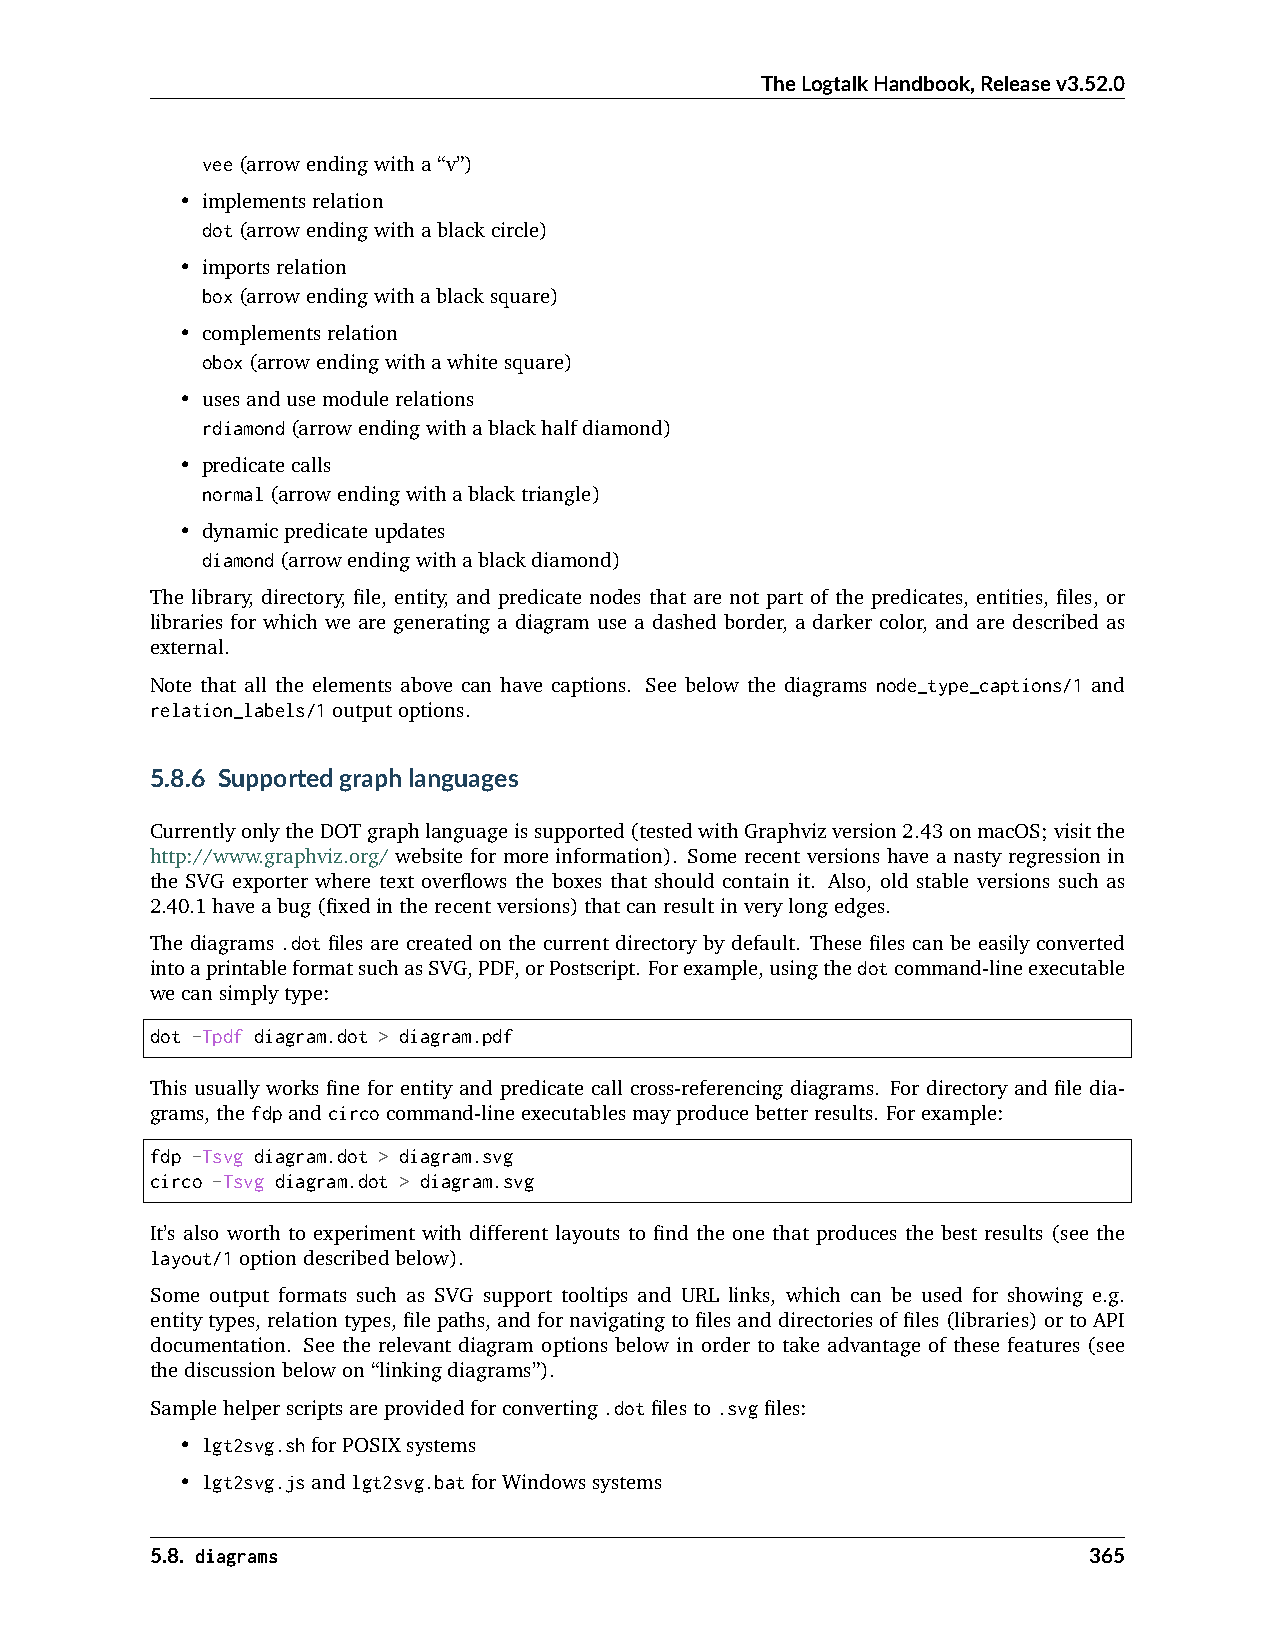
TheLogtalkHandbook,Releasev3.52.0
 vee(arrowendingwitha“v”)
 • implementsrelation
 dot(arrowendingwithablackcircle)
 • importsrelation
 box(arrowendingwithablacksquare)
 • complementsrelation
 obox(arrowendingwithawhitesquare)
 • usesandusemodulerelations
 rdiamond(arrowendingwithablackhalfdiamond)
 • predicatecalls
 normal(arrowendingwithablacktriangle)
 • dynamicpredicateupdates
 diamond(arrowendingwithablackdiamond)
 The library, directory, file, entity, and predicate nodes that are not part of the predicates, entities, files, or
 libraries for which we are generating a diagram use a dashed border, a darker color, and are described as
 external.
 Note that all the elements above can have captions. See below the diagrams node_type_captions/1 and
 relation_labels/1outputoptions.
 5.8.6 Supportedgraphlanguages
 CurrentlyonlytheDOTgraphlanguageissupported(testedwithGraphvizversion2.43onmacOS;visitthe
 http://www.graphviz.org/ website for more information). Some recent versions have a nasty regression in
 the SVG exporter where text overflows the boxes that should contain it. Also, old stable versions such as
 2.40.1haveabug(fixedintherecentversions)thatcanresultinverylongedges.
 The diagrams .dot files are created on the current directory by default. These files can be easily converted
 intoaprintableformatsuchasSVG,PDF,orPostscript. Forexample,usingthedotcommand-lineexecutable
 wecansimplytype:
 dot -Tpdf diagram.dot > diagram.pdf
 This usually works fine for entity and predicate call cross-referencing diagrams. For directory and file dia-
 grams,thefdpandcircocommand-lineexecutablesmayproducebetterresults. Forexample:
 fdp -Tsvg diagram.dot > diagram.svg
 circo -Tsvg diagram.dot > diagram.svg
 It’s also worth to experiment with different layouts to find the one that produces the best results (see the
 layout/1optiondescribedbelow).
 Some output formats such as SVG support tooltips and URL links, which can be used for showing e.g.
 entitytypes, relationtypes, filepaths, andfornavigatingtofilesanddirectoriesoffiles(libraries)ortoAPI
 documentation. See the relevant diagram options below in order to take advantage of these features (see
 thediscussionbelowon“linkingdiagrams”).
 Samplehelperscriptsareprovidedforconverting.dotfilesto.svgfiles:
 • lgt2svg.shforPOSIXsystems
 • lgt2svg.jsandlgt2svg.batforWindowssystems
 5.8. diagrams                                                 365